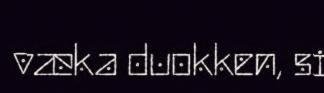
væka duokken, si